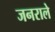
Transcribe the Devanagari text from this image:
जनराले